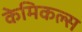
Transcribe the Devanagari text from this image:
केमिकल्‍स